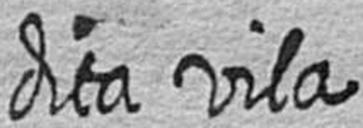
dita vila